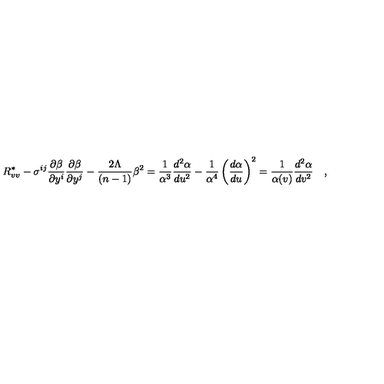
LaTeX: R _ { v v } ^ { \ast } - { \sigma } ^ { i j } \frac { \partial \beta } { \partial y ^ { i } } \frac { \partial \beta } { \partial y ^ { j } } - \frac { 2 \Lambda } { ( n - 1 ) } \beta ^ { 2 } = \frac { 1 } { \alpha ^ { 3 } } \frac { d ^ { 2 } \alpha } { d u ^ { 2 } } - \frac { 1 } { \alpha ^ { 4 } } \left( \frac { d \alpha } { d u } \right) ^ { 2 } = \frac { 1 } { \alpha ( v ) } \frac { d ^ { 2 } \alpha } { d v ^ { 2 } } \quad ,